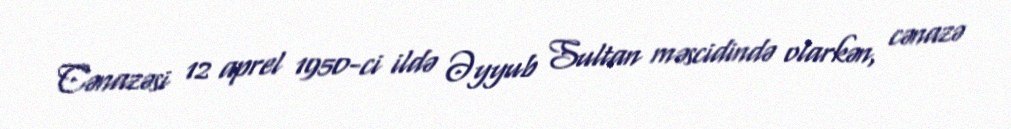
Cənazəsi 12 aprel 1950-ci ildə Əyyub Sultan məscidində olarkən, cənazə